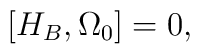
\left[ H_B,\Omega _0\right] =0,